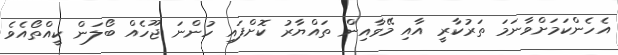
އެހެންކަމަށްވާނަމަ ތަރުކާރީ އާއި މޭވާއިން ތައްޔާރު ކޮށްފައި ހުންނަ ޖޫހެއް ބޯލަން ކީއްތޯއެވެ